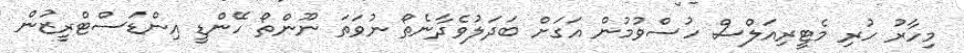
މިހާރު ހުރި މެޓީރިއަލްސް ހުސްވުމުން އަގަށް ބަދަލުވެދާނެތޯ ނުވަތަ ނޫންތޯ ހޭންޑީ އިންޑަސްޓްރީޒުން